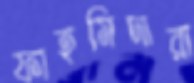
ফাহমিদারা